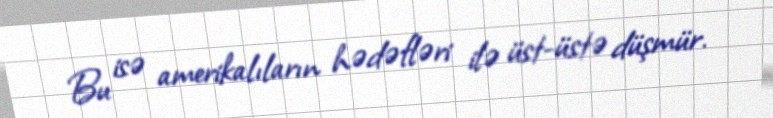
Bu isə amerikalıların hədəfləri ilə üst-üstə düşmür.